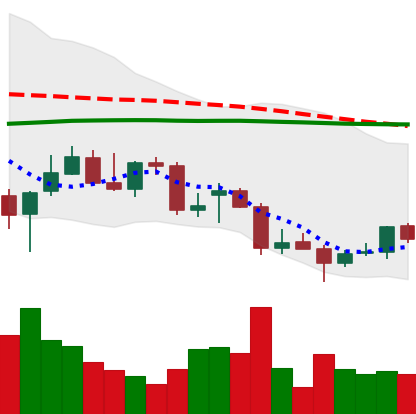
Ticker: TRX-USD
Chart end date: 2021-12-24
Forward return: -5.504%
Label: down_5_7